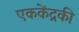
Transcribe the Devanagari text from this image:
एककेंद्रकी